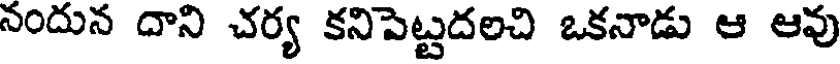
నందున దాని చర్య కనిపెట్టదలచి ఒకనాడు ఆ ఆవు